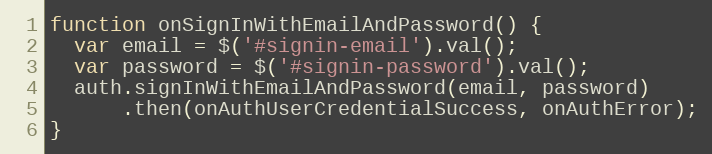
Language: JavaScript
function onSignInWithEmailAndPassword() {
  var email = $('#signin-email').val();
  var password = $('#signin-password').val();
  auth.signInWithEmailAndPassword(email, password)
      .then(onAuthUserCredentialSuccess, onAuthError);
}